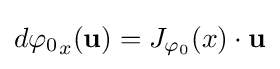
d{\varphi _{0}}_{x}({\mathbf {u} })=J_{\varphi _{0}}(x)\cdot {\mathbf {u} }